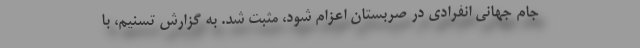
جام جهانی انفرادی در صربستان اعزام شود، مثبت شد. به گزارش تسنیم، با